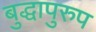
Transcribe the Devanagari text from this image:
बुद्धापुरुप